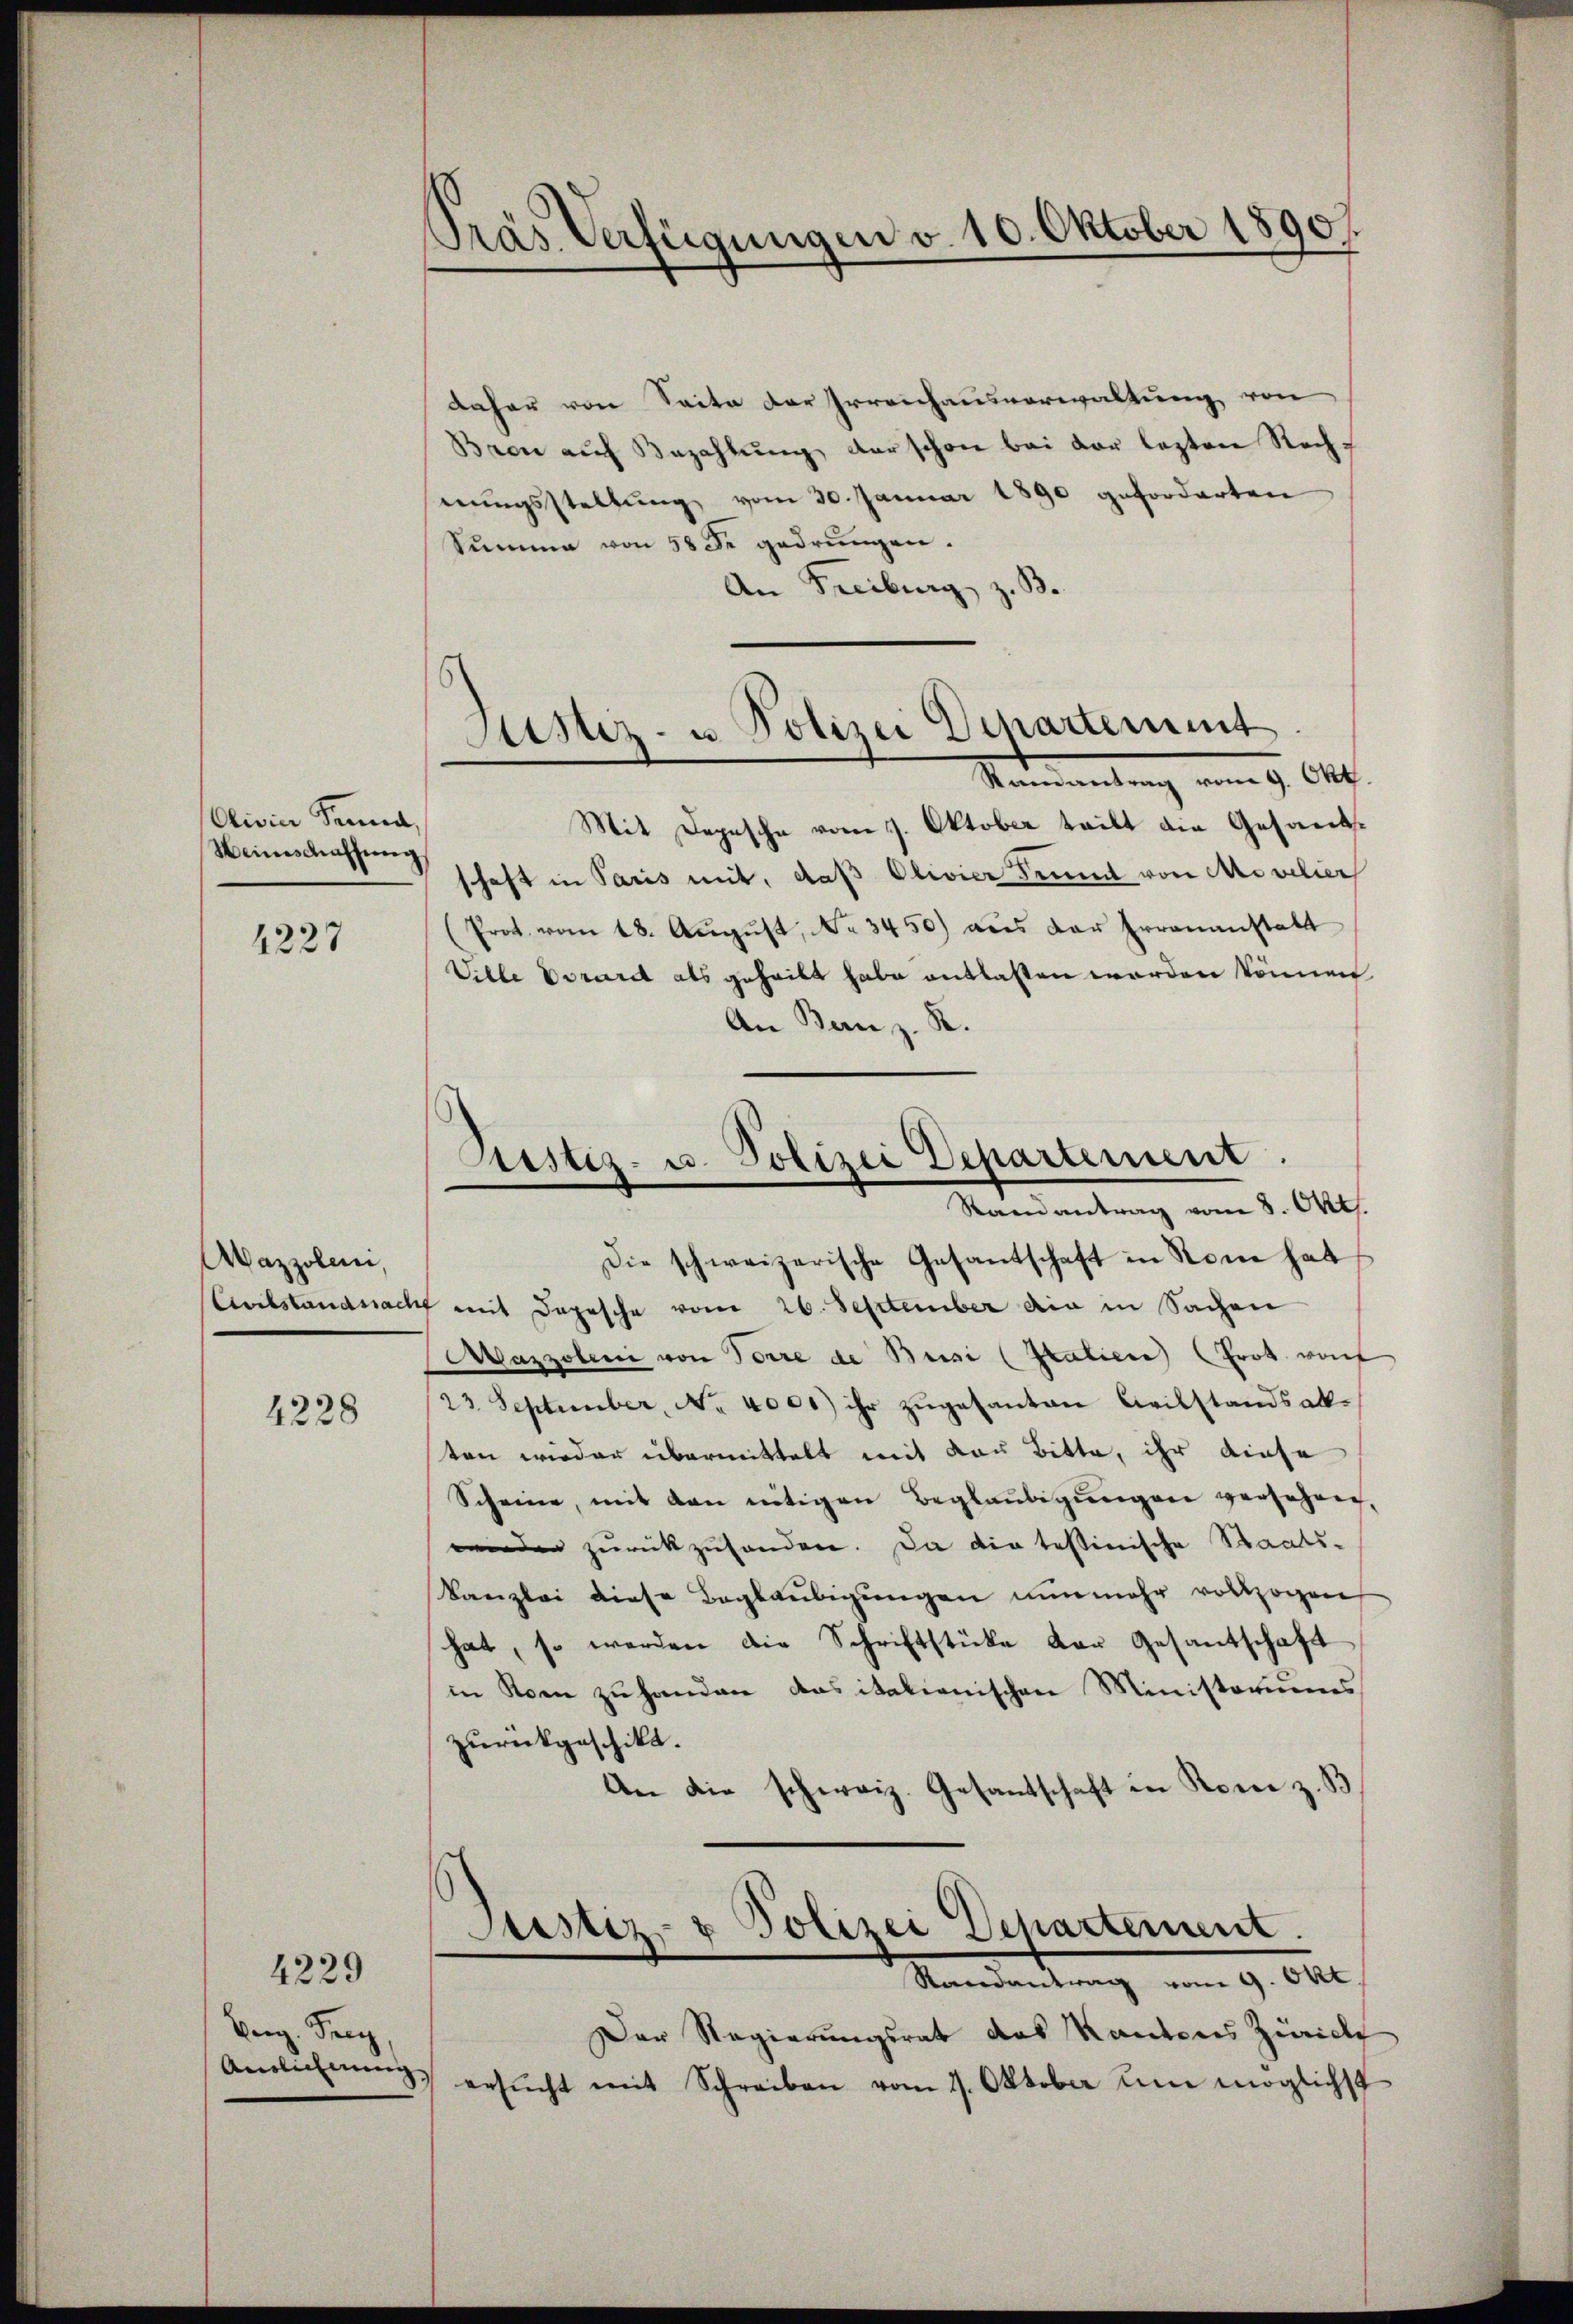
Olivier Sonna,
Weinschaffŭng

4227

Wazzolen,
Asclstandssach

4228

Berg. Frey
Anblichnung.

4229

Präs. Verfügungen v. 10. Oktober 1890

daher von Seite der Irreichausverwaltung von
Beon auf Bezahlung der schon bei der lezten Recherŭngsstellŭng vom 30. Januar 1890 geforderten
Summe von 58 de gedrungen.
An Freiburg z. B

Justiz- u. Polizei Departement
Stammertung vom 9. Okt.

Puestes- u. Polizei Departement.
d
Randantrag vom 8. Okt.

Mit Depesche vom 3. Oktober teilt die Gesandsschaft in Paris mit, daß Olivier Trumt von Mevelier
(Prot. vom 18. Aŭgŭst No 3450) aus der Errenanstalt
Ville Vorare als geheilt habe entlassen werden können
An Benz. R.
Die schweizerische Gesantschaft in Rom hat
 mit Depesche vom 26. September die in Sachen
Mazzolen von Forre de Busi (Italien (Prot. wof
23 September, No. 4000) ihr zŭgesanten Civilstandsakten wieder übermittelt mit der Bitte, ihr diese
Scheine, mit den nötigen Beglaubigungen versehen,
wieder zurückzuhanden. Da die tessinische Staats-
Kanzlei diese Beglaubigungen nunmehr vollzogen
hat, so werden die Schriftstücke der Gesandschaft
in Rom zu handen das italienischen Ministoriums
zŭrückgeschikt.
An die schweiz. Gesantschaft in Korei z. B
Justiz- & Polizei Departement.
Randantrag vom 9. Okt.
Der Regierungsrat das Kantons Zürich
) ersŭcht mit Schreiben vom 1. Oktober um möglichst